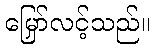
မြှော်လင့်သည်။